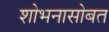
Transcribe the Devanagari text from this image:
शोभनासोबत